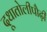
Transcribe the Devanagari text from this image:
दूधातोलीपौढ़ी